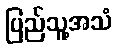
ပြည်သူ့အသံ